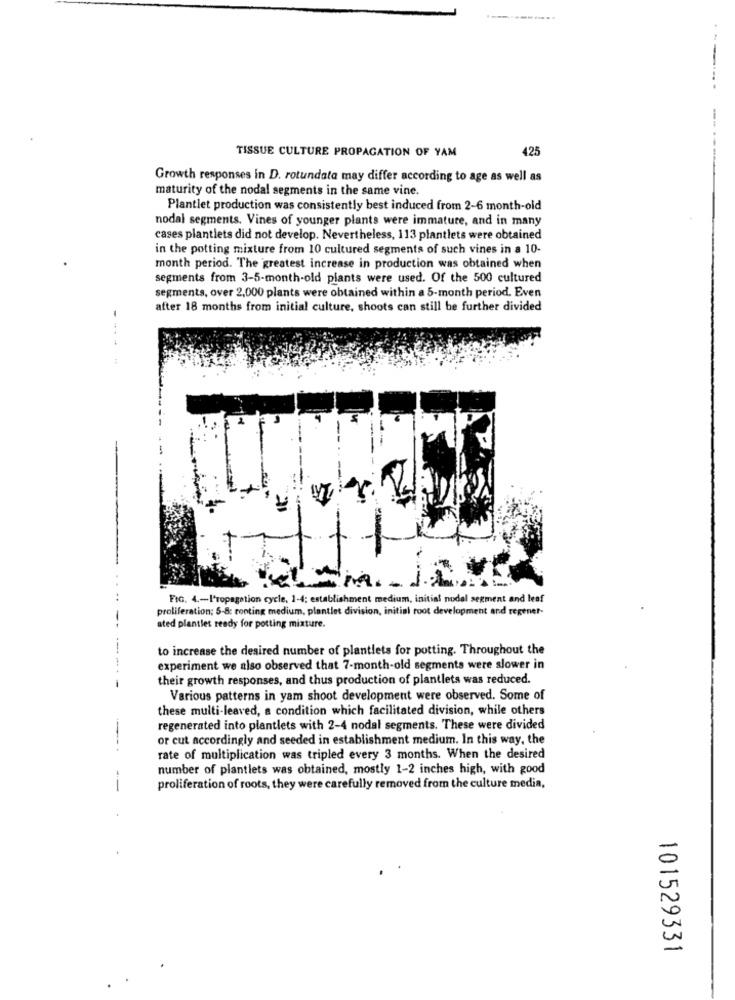
....
.
--.
TISSUE CULTURE PROPAGATION OF YAM
425
Growth responses in D. rotundata may differ according to age as well as
maturity of the nodal segments in the same vine.
Plantlet production was consistently best induced from 2-6 month-old
nodal segments. Vines of younger plants were immature, and in many
cases plantiets did not develop. Nevertheless, 113 plantlets were obtained
in the potting mixture from 10 cultured segments of such vines in a 10-
month period. The greatest increase in production was obtained when
segments from 3-5-month-old plants were used. Of the 500 cultured
segments, over 2,000 plants were obtained within a 5-month period. Even
after 18 months from initial culture, shoots can still be further divided
FIG. 4 .- I'ropagation cycle, 1-4; establishment medium, initial nodal segment and leaf
proliferation; 5-8: conting medium, plantlet division, initial root development and regener-
--
sted plantlet ready for potting mixture.
-
to increase the desired number of plantlets for potting. Throughout the
experiment we also observed that 7-month-old segments were slower in
-
their growth responses, and thus production of plantlets was reduced.
Various patterns in yam shoot development were observed. Some of
these multi-leaved, a condition which facilitated division, while others
regenerated into plantlets with 2-4 nodal segments. These were divided
or cut accordingly and seeded in establishment medium. In this way, the
rate of multiplication was tripled every 3 months. When the desired
number of plantlets was obtained, mostly 1-2 inches high, with good
--
proliferation of roots, they were carefully removed from the culture media,
101529331